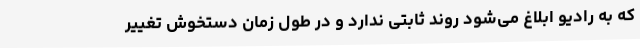
که به رادیو ابلاغ می‌شود روند ثابتی ندارد و در طول زمان دستخوش تغییر